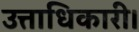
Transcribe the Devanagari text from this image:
उत्ताधिकारी।